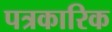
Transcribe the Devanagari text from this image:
पत्रकारिक